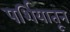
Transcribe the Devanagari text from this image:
पर्शियातून